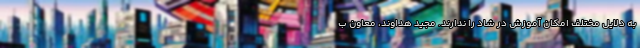
به دلایل مختلف امکان آموزش در شاد را ندارند. مجید هداوند، معاون ب